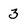
Character: 3